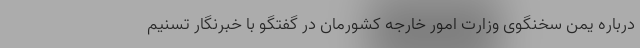
درباره یمن سخنگوی وزارت امور خارجه کشورمان در گفتگو با خبرنگار تسنیم